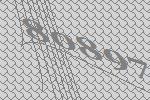
80897